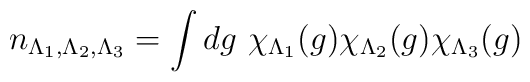
n_{\Lambda_1, \Lambda_2, \Lambda_3} =\int dg\         \chi_{\Lambda_1}(g)         \chi_{\Lambda_2}(g)\chi_{\Lambda_3}(g)